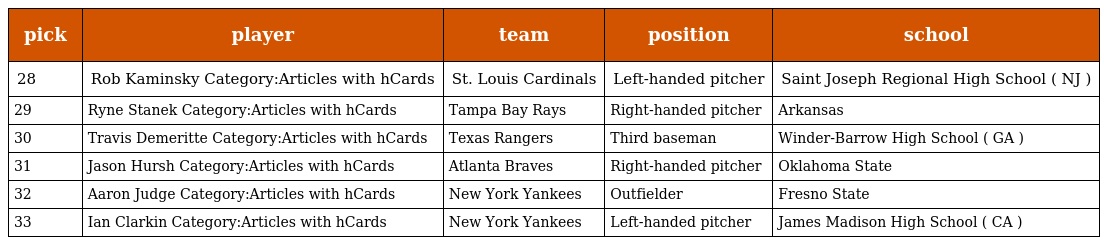
| pick | player | team | position | school |
 | --- | --- | --- | --- | --- |
 | 28 | Rob Kaminsky Category:Articles with hCards | St. Louis Cardinals | Left-handed pitcher | Saint Joseph Regional High School ( NJ ) |
 | 29 | Ryne Stanek Category:Articles with hCards | Tampa Bay Rays | Right-handed pitcher | Arkansas |
 | 30 | Travis Demeritte Category:Articles with hCards | Texas Rangers | Third baseman | Winder-Barrow High School ( GA ) |
 | 31 | Jason Hursh Category:Articles with hCards | Atlanta Braves | Right-handed pitcher | Oklahoma State |
 | 32 | Aaron Judge Category:Articles with hCards | New York Yankees | Outfielder | Fresno State |
 | 33 | Ian Clarkin Category:Articles with hCards | New York Yankees | Left-handed pitcher | James Madison High School ( CA ) |